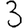
Digit: 3